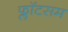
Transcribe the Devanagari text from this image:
फ्लॉटसम